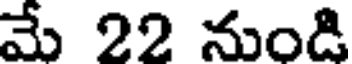
మే 22 నుండి